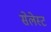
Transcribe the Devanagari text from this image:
सेलेस्ट